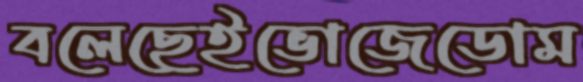
বলেছেইভোজেডোম